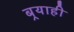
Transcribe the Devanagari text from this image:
बर्‍याही